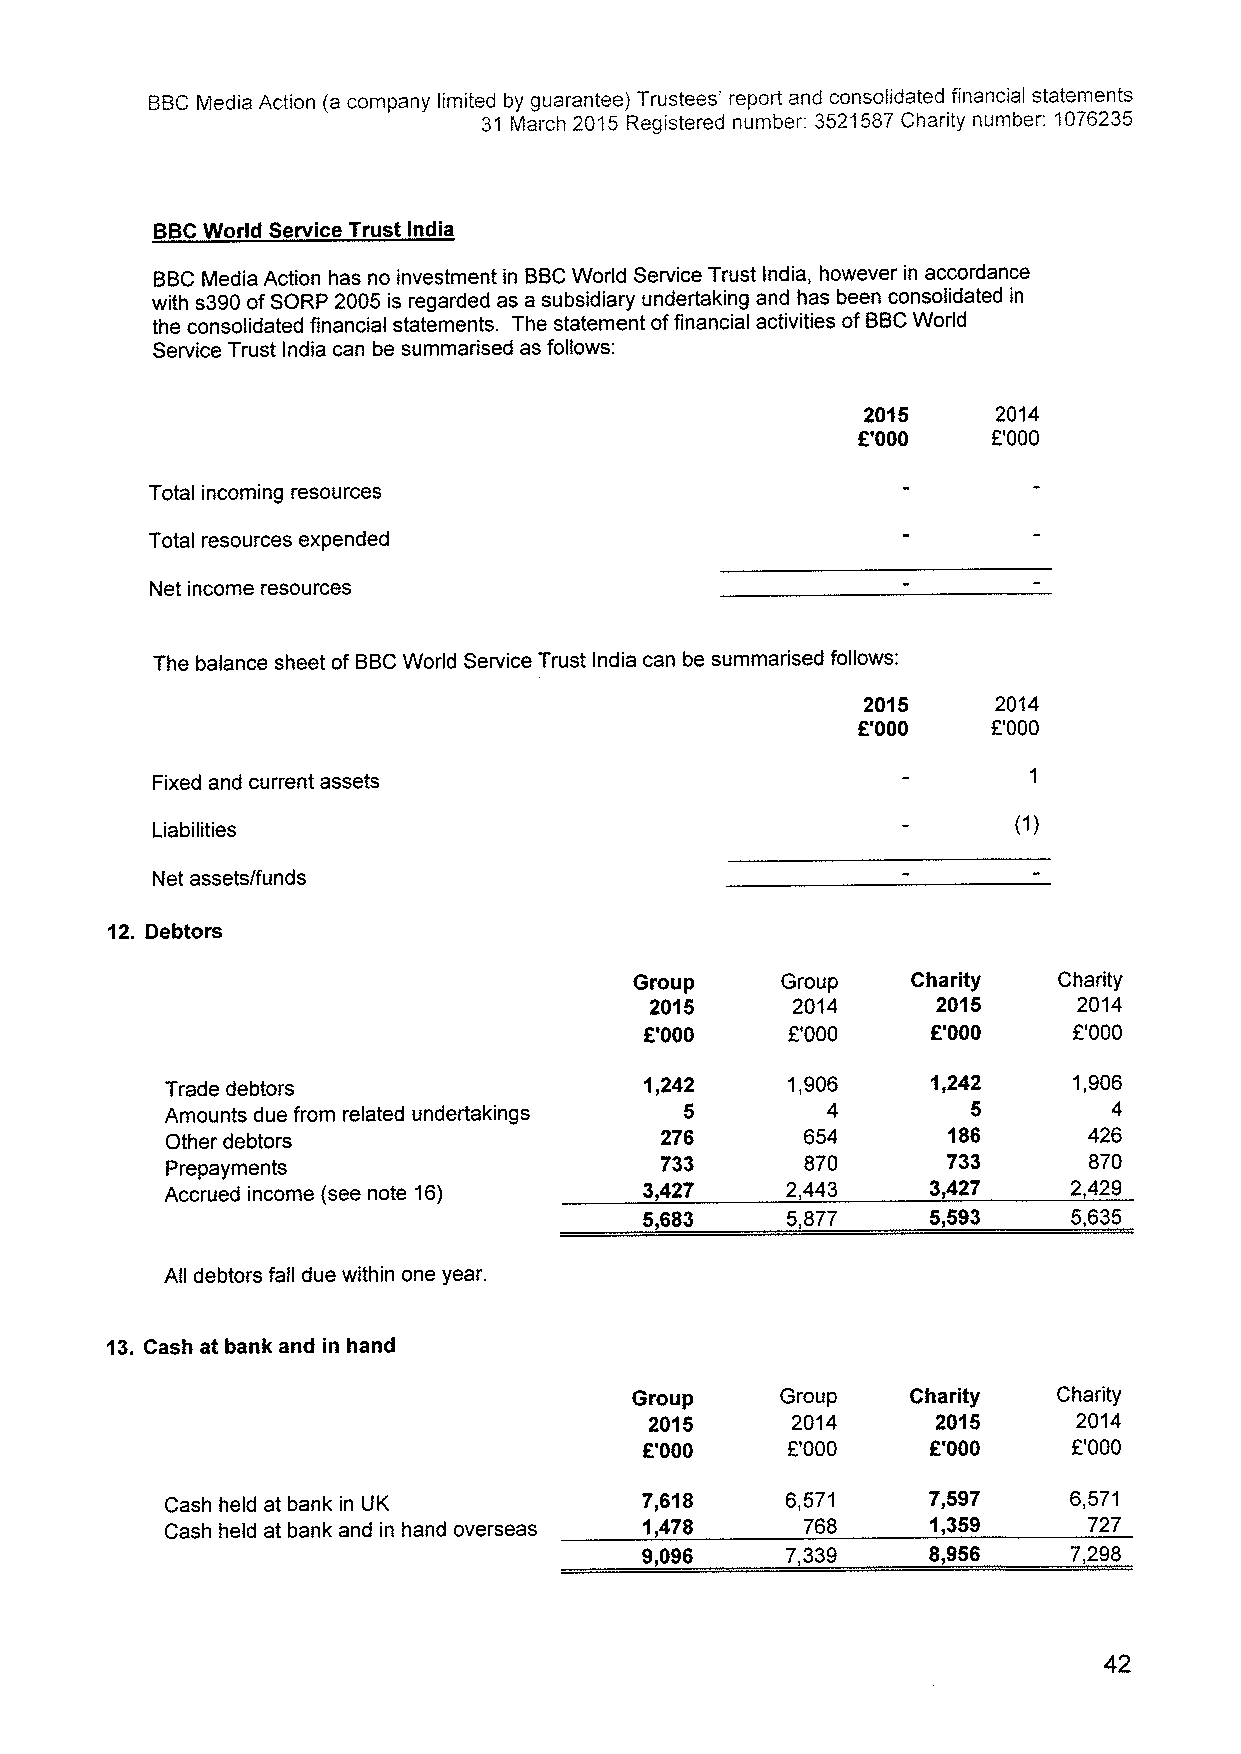
BBCMedia Action (a company limited by guarantee} Trustees' report and consolidated financial statements
 31 March 2015 Registered number: 3521587Charity number: 1076235
 BBCWorld Service Trust India
 BBCMedia Action has no investment in BBCWorld Service Trust India, however in accordance
 with s390ofSORP 2005 is regarded as a subsidiary undertaking and has been consolidated in
 the consolidated financial statements. The statement offinancial activities ofBBCWorld
 Service Trust india can be summarised as follows:
 2015     2014
 F'000    F'000
 Total incoming resources
 Total resources expended
 Net income resources
 The balance sheet of BBCWorld Service Trust India can be summarised follows:
 2015     2014
 E'000    F'000
 Fixed and current assets
 Liabilities
 Net assets/funds
 12. Debtors
 Group     Group   Charity   Charity
 2015     2014      2015     2014
 6'000    F'000     f'000    F'000
 Trade debtors                   1,242    1,906     1,242    1,906
 Amounts due from related undertakings 5     4        5         4
 Other debtors                    276      654       186      426
 733      870       733      870
 P repayments
 Accrued income (see note 16)    3,427    2,443     3,427    2,429
 5,683    5,877     5,593    5,635
 All debtors fall due within one year.
 13.Cash at bank and in hand
 Group     Group   Charity   Charity
 2015     2014      2015     2014
 K'000    F'000     F'000    F'000
 Cash held at bank in UK        7,618     6,571    7,597     6,571
 Cash held at bank and in hand overseas 1,478 768   1,359     727
 9,096     7,339    8,956     7,298
 42